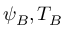
\psi _ { B } , T _ { B }